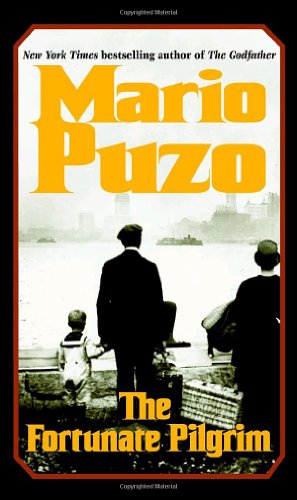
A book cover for The Fortunate Pilgrim; Mario Puzo; Biographies & Memoirs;